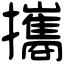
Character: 攜